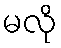
မလို